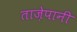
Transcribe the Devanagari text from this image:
ताज़ेपानी